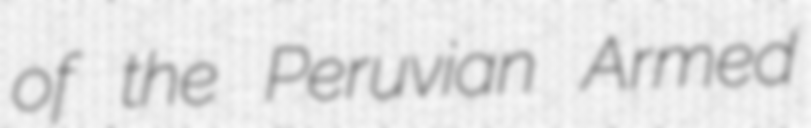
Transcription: of the Peruvian Armed